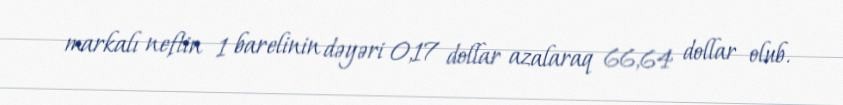
markalı neftin 1 barelinin dəyəri 0,17 dollar azalaraq 66,64 dollar olub.